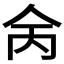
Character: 𠇮